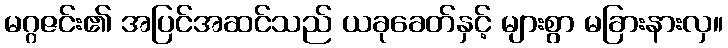
မဂ္ဂဇင်း၏ အပြင်အဆင်သည် ယခုခေတ်နှင့် များစွာ မခြားနားလှ။